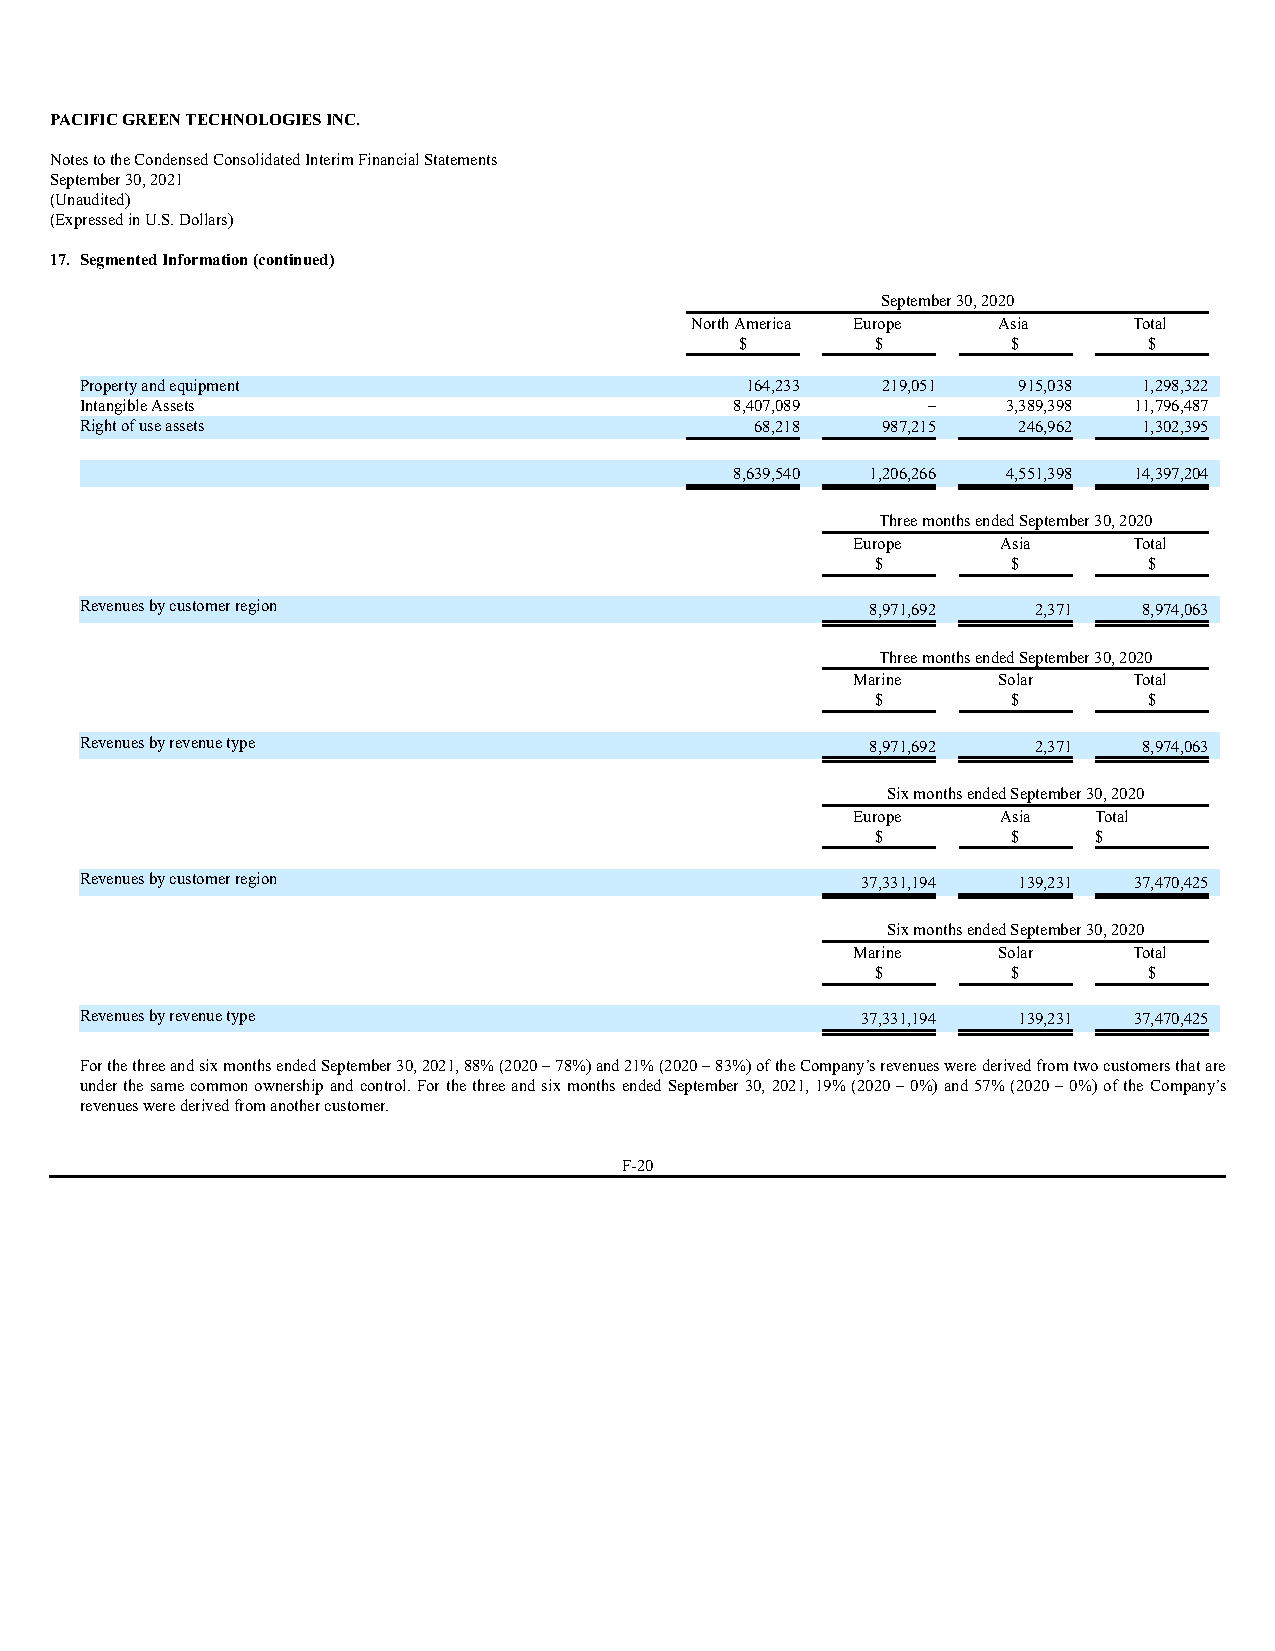
PACIFIC GREEN TECHNOLOGIES INC.
 Notes to the Condensed Consolidated Interim Financial Statements
 September 30, 2021
 (Unaudited)
 (Expressed in U.S. Dollars)
 17. Segmented Information (continued)
 September 30, 2020
 North America Europe Asia    Total
 $        $        $        $
 Property and equipment                      164,233  219,051  915,038  1,298,322
 Intangible Assets                           8,407,089   –     3,389,398 11,796,487
 Right of use assets                          68,218  987,215  246,962  1,302,395
 8,639,540 1,206,266 4,551,398 14,397,204
 Three months ended September 30, 2020
 Europe    Asia     Total
 $        $        $
 Revenues by customer region                          8,971,692  2,371  8,974,063
 Three months ended September 30, 2020
 Marine    Solar    Total
 $        $        $
 Revenues by revenue type                             8,971,692  2,371  8,974,063
 Six months ended September 30, 2020
 Europe    Asia  Total
 $        $    $
 Revenues by customer region                         37,331,194 139,231 37,470,425
 Six months ended September 30, 2020
 Marine    Solar    Total
 $        $        $
 Revenues by revenue type                            37,331,194 139,231 37,470,425
 For the three and six months ended September 30, 2021, 88% (2020 – 78%) and 21% (2020 – 83%) of the Company’s revenues were derived from two customers that are
 under the same common ownership and control. For the three and six months ended September 30, 2021, 19% (2020 – 0%) and 57% (2020 – 0%) of the Company’s
 revenues were derived from another customer.
 F-20